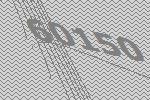
60150